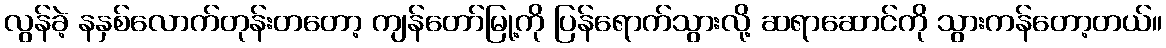
လွန်ခဲ့ နနှစ်လောက်တုန်းတတော့ ကျန်တော်မြု့ကို ပြန်ရောက်သွားလို့ ဆရာဆောင်ကို သွားကန်တော့တယ်။